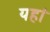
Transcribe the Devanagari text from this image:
यहांं